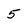
Character: 5